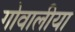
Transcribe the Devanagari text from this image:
गोवालीया